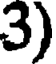
3)